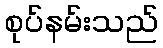
စုပ်နမ်းသည်